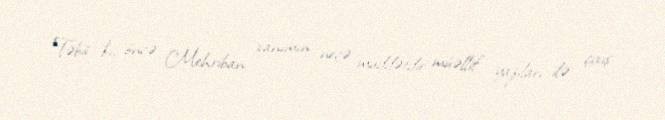
Təbii ki, öncə Mehriban xanımın neçə müddətdir müəllif yazıları ilə çıxış